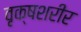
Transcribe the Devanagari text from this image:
वृक्षशरीर